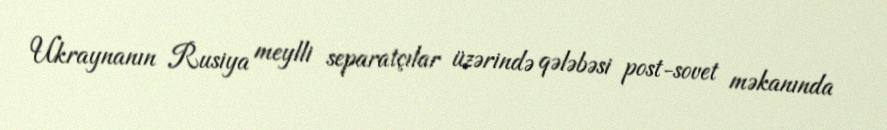
Ukraynanın Rusiya meylli separatçılar üzərində qələbəsi post-sovet məkanında